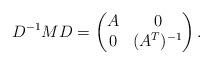
LaTeX: \begin{align*}D^{-1}MD=\left(\begin{matrix}A & 0\\0 & (A^T)^{-1}\end{matrix}\right).\end{align*}